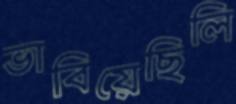
ভাবিয়েছিলি